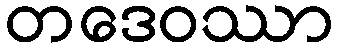
တဒေဝဿာ